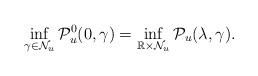
LaTeX: \begin{align*}\inf_{\gamma\in \mathcal{N}_u}\mathcal{P}_u^0(0,\gamma)=\inf_{\mathbb{R}\times \mathcal{N}_u}\mathcal{P}_u(\lambda,\gamma).\end{align*}